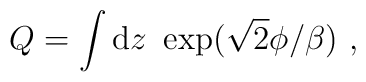
Q = \int {\rm d}z\ \exp( \sqrt 2 \phi / \beta) \ ,